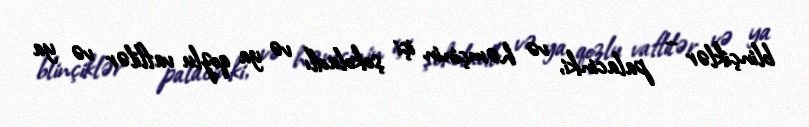
blinçiklər – palacinki, və həmçinin içi şokoladlı və ya qozlu vaflilər və ya